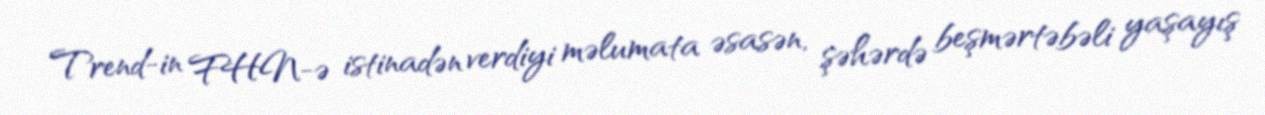
Trend-in FHN-ə istinadən verdiyi məlumata əsasən, şəhərdə beşmərtəbəli yaşayış